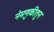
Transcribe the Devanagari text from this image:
नेमणुकीतुन